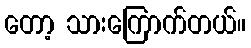
တော့ သားကြောက်တယ်။